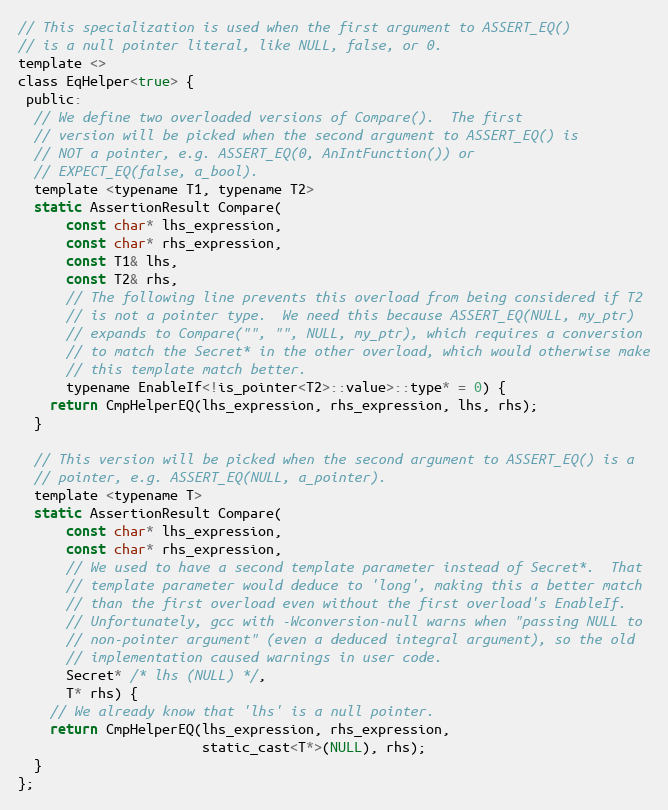
Language: C
// This specialization is used when the first argument to ASSERT_EQ()
// is a null pointer literal, like NULL, false, or 0.
template <>
class EqHelper<true> {
 public:
  // We define two overloaded versions of Compare().  The first
  // version will be picked when the second argument to ASSERT_EQ() is
  // NOT a pointer, e.g. ASSERT_EQ(0, AnIntFunction()) or
  // EXPECT_EQ(false, a_bool).
  template <typename T1, typename T2>
  static AssertionResult Compare(
      const char* lhs_expression,
      const char* rhs_expression,
      const T1& lhs,
      const T2& rhs,
      // The following line prevents this overload from being considered if T2
      // is not a pointer type.  We need this because ASSERT_EQ(NULL, my_ptr)
      // expands to Compare("", "", NULL, my_ptr), which requires a conversion
      // to match the Secret* in the other overload, which would otherwise make
      // this template match better.
      typename EnableIf<!is_pointer<T2>::value>::type* = 0) {
    return CmpHelperEQ(lhs_expression, rhs_expression, lhs, rhs);
  }

  // This version will be picked when the second argument to ASSERT_EQ() is a
  // pointer, e.g. ASSERT_EQ(NULL, a_pointer).
  template <typename T>
  static AssertionResult Compare(
      const char* lhs_expression,
      const char* rhs_expression,
      // We used to have a second template parameter instead of Secret*.  That
      // template parameter would deduce to 'long', making this a better match
      // than the first overload even without the first overload's EnableIf.
      // Unfortunately, gcc with -Wconversion-null warns when "passing NULL to
      // non-pointer argument" (even a deduced integral argument), so the old
      // implementation caused warnings in user code.
      Secret* /* lhs (NULL) */,
      T* rhs) {
    // We already know that 'lhs' is a null pointer.
    return CmpHelperEQ(lhs_expression, rhs_expression,
                       static_cast<T*>(NULL), rhs);
  }
};